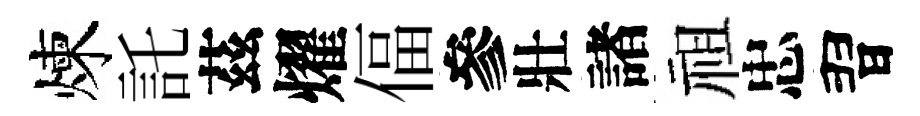
煉託茲燿偪參壯諸祖忠習